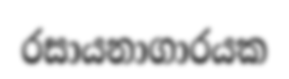
රසායනාගාරයක